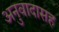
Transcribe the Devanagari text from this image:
अनुवादासह